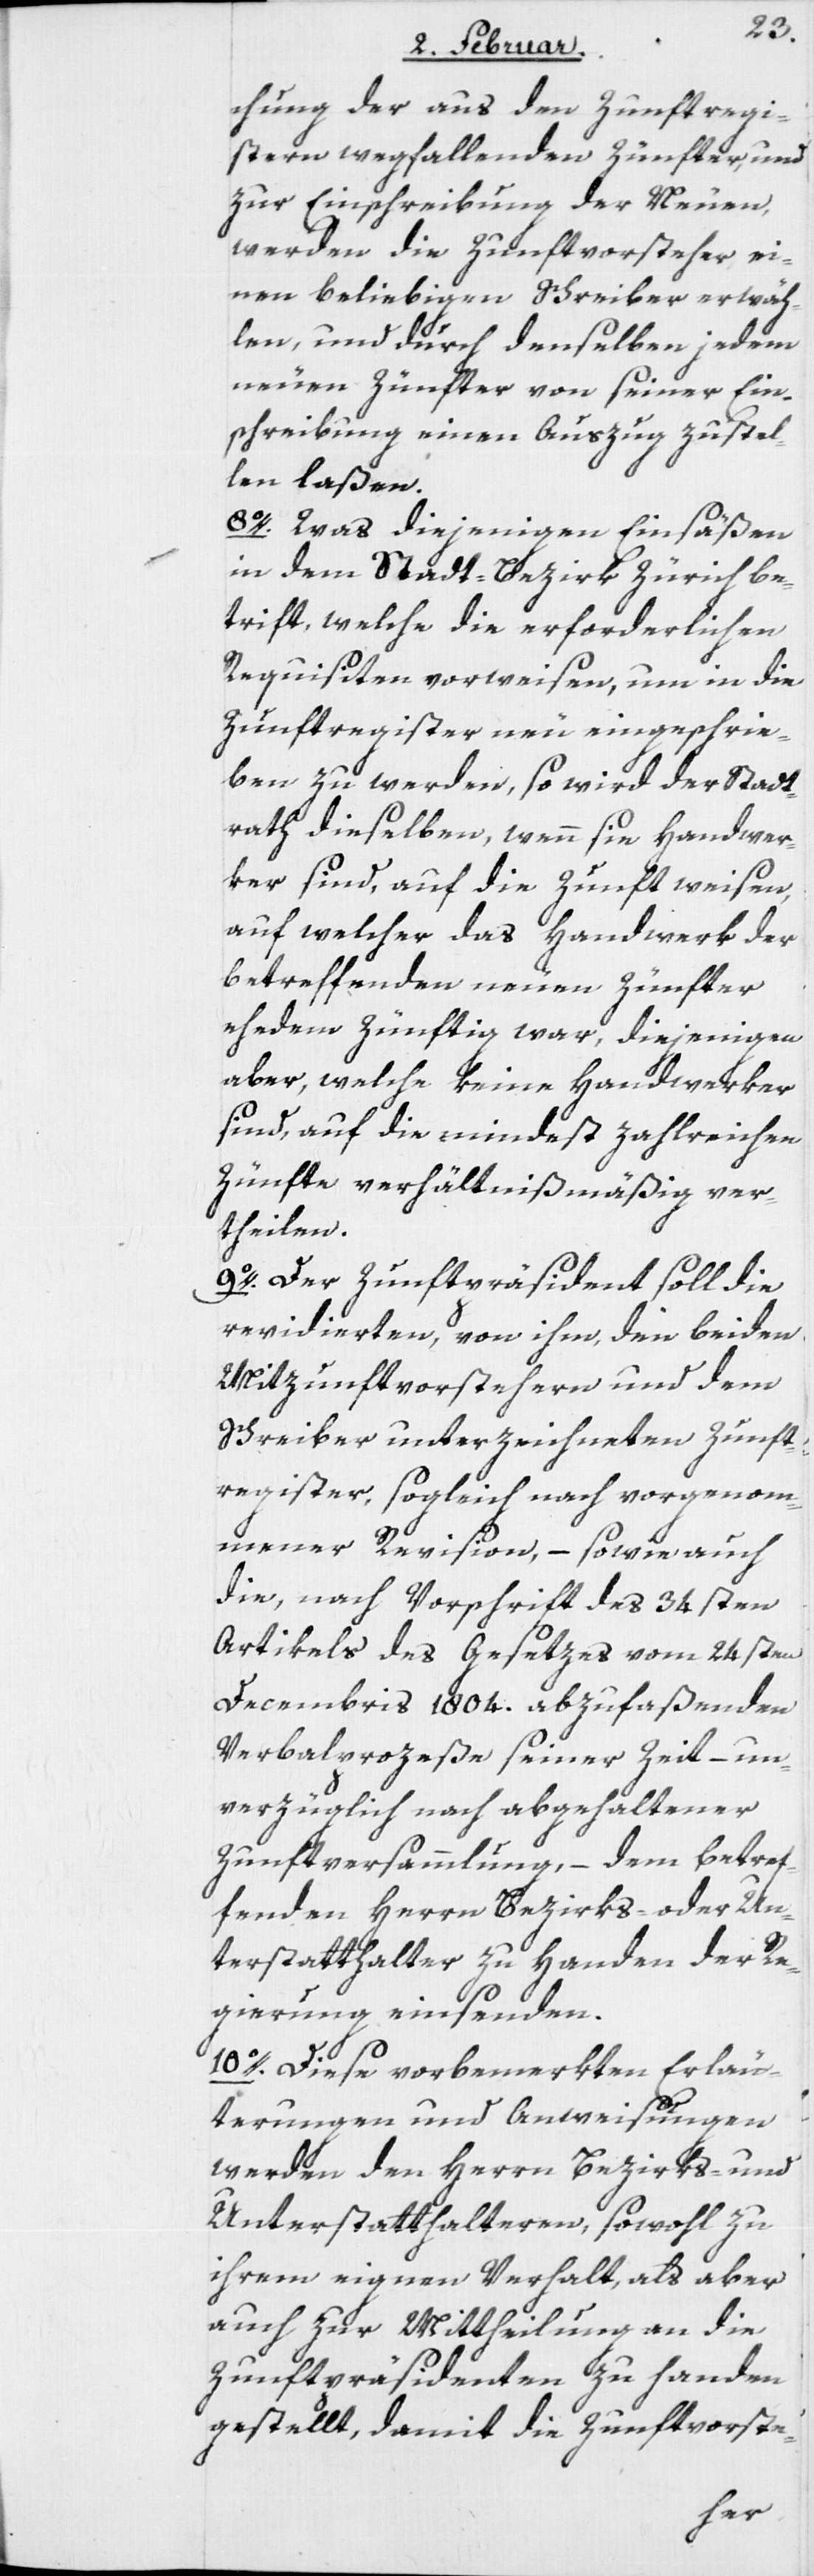
chung der aus den Zunftregi¬
stern wegfallenden Zünfter, und
zur Einschreibung der Neuen,
werden die Zunftvorsteher ei¬
nen beliebigen Schreiber erwäh¬
len, und durch denselben jedem
neuen Zünfter von seiner Ein¬
schreibung einen Auszug zustel¬
len laßen.
8o. Was diejenigen Einsäßen
in dem Stadt-Bezirk Zürich be¬
trift, welche die erforderlichen
Requisiten vorweisen, um in die
Zunftregister neu eingeschrie¬
ben zu werden, so wird der Stadt¬
rath dieselben, wenn sie Handwer¬
ker sind, auf die Zunft weisen,
auf welcher das Handwerk der
betreffenden neuen Zünfter
ehedem Zünftig war, diejenigen
aber, welche keine Handwerker
sind, auf die mindest zahlreichen
Zünfte verhältnißmäßig ver¬
theilen.
9o. Der Zunftpräsident soll die
revidierten, von ihm, den beiden
Mitzunftvorstehern und dem
Schreiber unterzeichneten Zunft¬
register, sogleich nach vorgenom¬
mener Revision, – sowie auch
die, nach Vorschrift des 34sten
Artikels des Gesetzes vom 24sten
Decembris 1804. abzufaßenden
Verbalprozeße seiner Zeit – un¬
verzüglich nach abgehaltener
Zunftversammlung, – dem betref¬
fenden Herrn Bezirks- oder Un¬
terstatthalter zu Handen der Re¬
gierung einsenden.
10o. Diese vorbemerkten Erläu¬
terungen und Anweisungen
werden den Herrn Bezirks- und
Unterstatthalteren, sowohl zu
ihrem eignen Verhalt, als aber
auch zur Mittheilung an die
Zunftpräsidenten zu Handen
gestellt, damit die Zunftvorste-